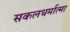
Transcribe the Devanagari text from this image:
सकलधर्मात्मा